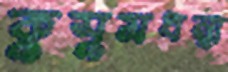
কুসুমধন্বা